Indian journal of veterinary science and animal husbandry - Volume 2,
Year: 1932
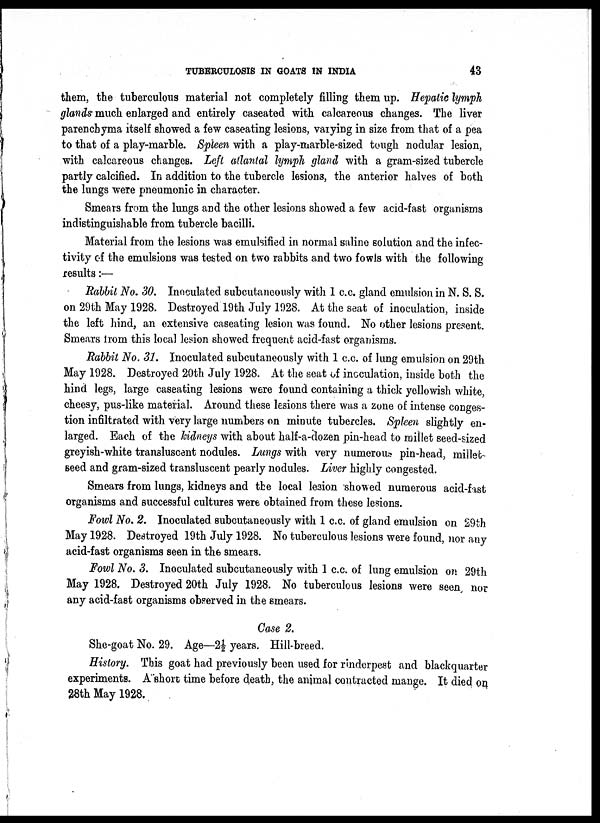
TUBERCULOSIS IN GOATS IN INDIA
43
them, the tuberculous material not completely filling them up. Hepatic lymph
glands much enlarged and entirely caseated with calcareous changes. The liver
parenchyma itself showed a few caseating lesions, varying in size from that of a pea
to that of a play-marble. Spleen with a play-marble-sized tough nodular lesion,
with calcareous changes. Left atlantal lymph gland with a gram-sized tubercle
partly calcified. In addition to the tubercle lesions, the anterior halves of both
the lungs were pneumonic in character.
Smears from the lungs and the other lesions showed a few acid-fast organisms
indistinguishable from tubercle bacilli.
Material from the lesions was emulsified in normal saline solution and the infec¬
tivity of the emulsions was tested on two rabbits and two fowls with the following
results :—
Rabbit No. 30. Inoculated subcutaneously with 1 c.c. gland emulsion in N. S. S.
on 29th May 1928. Destroyed 19th July 1928. At the seat of inoculation, inside
the left hind, an extensive caseating lesion was found. No other lesions present.
Smears from this local lesion showed frequent acid-fast organisms.
Rabbit No. 31. Inoculated subcutaneously with 1 c.c. of lung emulsion on 29th
May 1928. Destroyed 20th July 1928. At the seat of inoculation, inside both the
hind legs, large caseating lesions were found containing a thick yellowish white,
cheesy, pus-like material. Around these lesions there was a zone of intense conges-
tion infiltrated with very large numbers on minute tubercles. Spleen slightly en-
larged. Each of the kidneys with about half-a-dozen pin-head to millet seed-sized
greyish-white transluscent nodules. Lungs with very numerous pin-head, millet-
seed and gram-sized transluscent pearly nodules. Liver highly congested.
Smears from lungs, kidneys and the local lesion showed numerous acid-fast
organisms and successful cultures were obtained from these lesions.
Fowl No. 2. Inoculated subcutaneously with 1 c.c. of gland emulsion on 29th
May 1928. Destroyed 19th July 1928. No tuberculous lesions were found, nor any
acid-fast organisms seen in the smears.
Fowl No. 3. Inoculated subcutaneously with 1 c.c. of lung emulsion on 29th
May 1928. Destroyed 20th July 1928. No tuberculous lesions were seen, nor
any acid-fast organisms observed in the smears.
Case 2.
She-goat No. 29. Age—2½ years. Hill-breed.
History. This goat had previously been used for rinderpest and blackquarter
experiments. A short time before death, the animal contracted mange. It died on
28th May 1928.